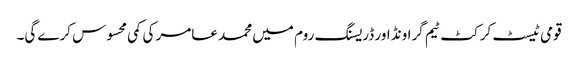
قومی ٹیسٹ کرکٹ ٹیم گراونڈ اور ڈریسنگ روم میں محمد عامر کی کمی محسوس کرے گی۔